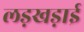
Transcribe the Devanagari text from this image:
लड़खड़ाई